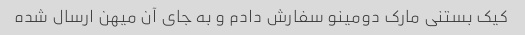
کیک بستنی مارک دومینو سفارش دادم و به جای آن میهن ارسال شده